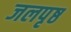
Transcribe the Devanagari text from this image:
जलपृष्ठ